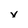
Character: x